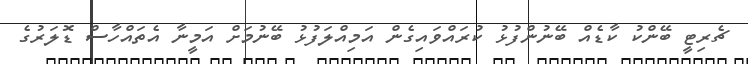
ޗެރިޓީ ބޭންކު ކާޑެއް ބޭނުންފުޅު ކުރައްވައިގެން އަމިއްލަފުޅު ބޭނުމަށް އަމީނާ އެތައްހާސް ޑޮލަރުގެ